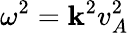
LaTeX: \omega^{2}=\mathbf{k}^{2}v_{A}^{2}